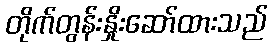
တိုက်တွန်းနှိုးဆော်ထားသည်